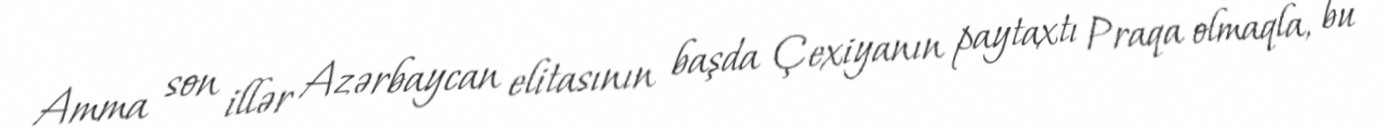
Amma son illər Azərbaycan elitasının başda Çexiyanın paytaxtı Praqa olmaqla, bu